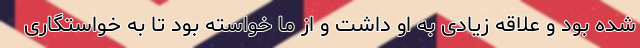
شده بود و علاقه زیادی به او داشت و از ما خواسته بود تا به خواستگاری